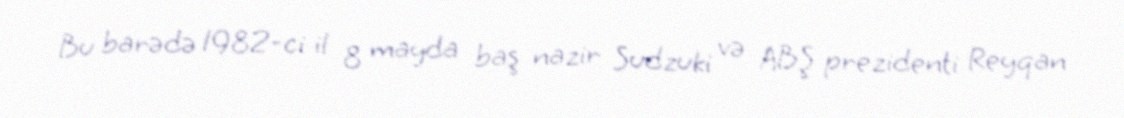
Bu barədə 1982-ci il 8 mayda baş nazir Sudzuki və ABŞ prezidenti Reyqan